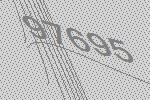
97695